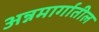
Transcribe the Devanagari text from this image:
अन्नमार्गातील